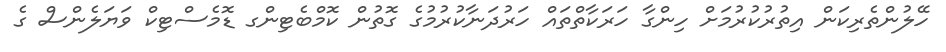
ހޭލުންތެރިކަން އިތުރުކުރުމަށް ހިންގާ ހަރަކާތްތައް ހަރުދަނާކުރުމުގެ ގޮތުން ކޮމްބެޓިންގ ޑޮމެސްޓިކް ވަޔަލެންސް ގެ